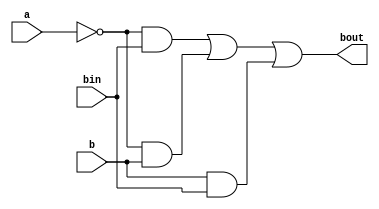
// p = 6

// no error
module bout0 (
    output bout,
    input a,
    input b,bin

);
    assign bout = ~a&bin | ~a&b | b&bin;
endmodule
module rout0 (
    output rout,
    input a,
    input b,
    input bin, qs

);
    wire diff;
    assign diff = a^b^bin;
    assign rout = qs&diff | ~qs&a;
endmodule

// 4-bit error
module bout2 (
    output bout,
    input a,
    input b, bin
);
    assign bout = b;
endmodule
module rout2 (
    output rout,
    input a,
    input b,
    input bin, qs
);
    assign rout = a;
endmodule


module exact (
    input [8:0]x, 
    input bin,
    input [7:0]y,
    output qs,
    output [7:0]rout
);
    wire i1, i2, i3, i4, i5, i6, i7, i8;
    bout0 mut1 (.a(x[0]), .b(y[0]), .bin(bin), .bout(i1));
    bout0 mut2 (.a(x[1]), .b(y[1]), .bin(i1), .bout(i2));
    bout0 mut3 (.a(x[2]), .b(y[2]), .bin(i2), .bout(i3));
    bout0 mut4 (.a(x[3]), .b(y[3]), .bin(i3), .bout(i4));
    bout0 mut5 (.a(x[4]), .b(y[4]), .bin(i4), .bout(i5));
    bout0 mut6 (.a(x[5]), .b(y[5]), .bin(i5), .bout(i6));
    bout0 mut7 (.a(x[6]), .b(y[6]), .bin(i6), .bout(i7));
    bout0 mut8 (.a(x[7]), .b(y[7]), .bin(i7), .bout(i8));
    assign qs = ~i8 | x[8];
    rout0 mut9 (.a(x[0]), .b(y[0]), .bin(bin), .qs(qs), .rout(rout[0]));
    rout0 mut10 (.a(x[1]), .b(y[1]), .bin(i1), .qs(qs), .rout(rout[1]));
    rout0 mut11 (.a(x[2]), .b(y[2]), .bin(i2), .qs(qs), .rout(rout[2]));
    rout0 mut12 (.a(x[3]), .b(y[3]), .bin(i3), .qs(qs), .rout(rout[3]));
    rout0 mut13 (.a(x[4]), .b(y[4]), .bin(i4), .qs(qs), .rout(rout[4]));
    rout0 mut14 (.a(x[5]), .b(y[5]), .bin(i5), .qs(qs), .rout(rout[5]));
    rout0 mut15 (.a(x[6]), .b(y[6]), .bin(i6), .qs(qs), .rout(rout[6]));
    rout0 mut16 (.a(x[7]), .b(y[7]), .bin(i7), .qs(qs), .rout(rout[7]));
endmodule

module app_1 (
    input [8:0]x, 
    input bin,
    input [7:0]y,
    output qs,
    output [7:0]rout
);
    wire i1, i2, i3, i4, i5, i6, i7, i8;
    bout2 mut1 (.a(x[0]), .b(y[0]), .bin(bin), .bout(i1));
    bout0 mut2 (.a(x[1]), .b(y[1]), .bin(i1), .bout(i2));
    bout0 mut3 (.a(x[2]), .b(y[2]), .bin(i2), .bout(i3));
    bout0 mut4 (.a(x[3]), .b(y[3]), .bin(i3), .bout(i4));
    bout0 mut5 (.a(x[4]), .b(y[4]), .bin(i4), .bout(i5));
    bout0 mut6 (.a(x[5]), .b(y[5]), .bin(i5), .bout(i6));
    bout0 mut7 (.a(x[6]), .b(y[6]), .bin(i6), .bout(i7));
    bout0 mut8 (.a(x[7]), .b(y[7]), .bin(i7), .bout(i8));
    assign qs = ~i8 | x[8];
    rout2 mut9 (.a(x[0]), .b(y[0]), .bin(bin), .qs(qs), .rout(rout[0]));
    rout0 mut10 (.a(x[1]), .b(y[1]), .bin(i1), .qs(qs), .rout(rout[1]));
    rout0 mut11 (.a(x[2]), .b(y[2]), .bin(i2), .qs(qs), .rout(rout[2]));
    rout0 mut12 (.a(x[3]), .b(y[3]), .bin(i3), .qs(qs), .rout(rout[3]));
    rout0 mut13 (.a(x[4]), .b(y[4]), .bin(i4), .qs(qs), .rout(rout[4]));
    rout0 mut14 (.a(x[5]), .b(y[5]), .bin(i5), .qs(qs), .rout(rout[5]));
    rout0 mut15 (.a(x[6]), .b(y[6]), .bin(i6), .qs(qs), .rout(rout[6]));
    rout0 mut16 (.a(x[7]), .b(y[7]), .bin(i7), .qs(qs), .rout(rout[7]));
endmodule

module app_2 (
    input [8:0]x, 
    input bin,
    input [7:0]y,
    output qs,
    output [7:0]rout
);
    wire i1, i2, i3, i4, i5, i6, i7, i8;
    bout2 mut1 (.a(x[0]), .b(y[0]), .bin(bin), .bout(i1));
    bout2 mut2 (.a(x[1]), .b(y[1]), .bin(i1), .bout(i2));
    bout0 mut3 (.a(x[2]), .b(y[2]), .bin(i2), .bout(i3));
    bout0 mut4 (.a(x[3]), .b(y[3]), .bin(i3), .bout(i4));
    bout0 mut5 (.a(x[4]), .b(y[4]), .bin(i4), .bout(i5));
    bout0 mut6 (.a(x[5]), .b(y[5]), .bin(i5), .bout(i6));
    bout0 mut7 (.a(x[6]), .b(y[6]), .bin(i6), .bout(i7));
    bout0 mut8 (.a(x[7]), .b(y[7]), .bin(i7), .bout(i8));
    assign qs = ~i8 | x[8];
    rout2 mut9 (.a(x[0]), .b(y[0]), .bin(bin), .qs(qs), .rout(rout[0]));
    rout2 mut10 (.a(x[1]), .b(y[1]), .bin(i1), .qs(qs), .rout(rout[1]));
    rout0 mut11 (.a(x[2]), .b(y[2]), .bin(i2), .qs(qs), .rout(rout[2]));
    rout0 mut12 (.a(x[3]), .b(y[3]), .bin(i3), .qs(qs), .rout(rout[3]));
    rout0 mut13 (.a(x[4]), .b(y[4]), .bin(i4), .qs(qs), .rout(rout[4]));
    rout0 mut14 (.a(x[5]), .b(y[5]), .bin(i5), .qs(qs), .rout(rout[5]));
    rout0 mut15 (.a(x[6]), .b(y[6]), .bin(i6), .qs(qs), .rout(rout[6]));
    rout0 mut16 (.a(x[7]), .b(y[7]), .bin(i7), .qs(qs), .rout(rout[7]));
endmodule

module app_3 (
    input [8:0]x, 
    input bin,
    input [7:0]y,
    output qs,
    output [7:0]rout
);
    wire i1, i2, i3, i4, i5, i6, i7, i8;
    bout2 mut1 (.a(x[0]), .b(y[0]), .bin(bin), .bout(i1));
    bout2 mut2 (.a(x[1]), .b(y[1]), .bin(i1), .bout(i2));
    bout2 mut3 (.a(x[2]), .b(y[2]), .bin(i2), .bout(i3));
    bout0 mut4 (.a(x[3]), .b(y[3]), .bin(i3), .bout(i4));
    bout0 mut5 (.a(x[4]), .b(y[4]), .bin(i4), .bout(i5));
    bout0 mut6 (.a(x[5]), .b(y[5]), .bin(i5), .bout(i6));
    bout0 mut7 (.a(x[6]), .b(y[6]), .bin(i6), .bout(i7));
    bout0 mut8 (.a(x[7]), .b(y[7]), .bin(i7), .bout(i8));
    assign qs = ~i8 | x[8];
    rout2 mut9 (.a(x[0]), .b(y[0]), .bin(bin), .qs(qs), .rout(rout[0]));
    rout2 mut10 (.a(x[1]), .b(y[1]), .bin(i1), .qs(qs), .rout(rout[1]));
    rout2 mut11 (.a(x[2]), .b(y[2]), .bin(i2), .qs(qs), .rout(rout[2]));
    rout0 mut12 (.a(x[3]), .b(y[3]), .bin(i3), .qs(qs), .rout(rout[3]));
    rout0 mut13 (.a(x[4]), .b(y[4]), .bin(i4), .qs(qs), .rout(rout[4]));
    rout0 mut14 (.a(x[5]), .b(y[5]), .bin(i5), .qs(qs), .rout(rout[5]));
    rout0 mut15 (.a(x[6]), .b(y[6]), .bin(i6), .qs(qs), .rout(rout[6]));
    rout0 mut16 (.a(x[7]), .b(y[7]), .bin(i7), .qs(qs), .rout(rout[7]));
endmodule

module app_4 (
    input [8:0]x, 
    input bin,
    input [7:0]y,
    output qs,
    output [7:0]rout
);
    wire i1, i2, i3, i4, i5, i6, i7, i8;
    bout2 mut1 (.a(x[0]), .b(y[0]), .bin(bin), .bout(i1));
    bout2 mut2 (.a(x[1]), .b(y[1]), .bin(i1), .bout(i2));
    bout2 mut3 (.a(x[2]), .b(y[2]), .bin(i2), .bout(i3));
    bout2 mut4 (.a(x[3]), .b(y[3]), .bin(i3), .bout(i4));
    bout0 mut5 (.a(x[4]), .b(y[4]), .bin(i4), .bout(i5));
    bout0 mut6 (.a(x[5]), .b(y[5]), .bin(i5), .bout(i6));
    bout0 mut7 (.a(x[6]), .b(y[6]), .bin(i6), .bout(i7));
    bout0 mut8 (.a(x[7]), .b(y[7]), .bin(i7), .bout(i8));
    assign qs = ~i8 | x[8];
    rout2 mut9 (.a(x[0]), .b(y[0]), .bin(bin), .qs(qs), .rout(rout[0]));
    rout2 mut10 (.a(x[1]), .b(y[1]), .bin(i1), .qs(qs), .rout(rout[1]));
    rout2 mut11 (.a(x[2]), .b(y[2]), .bin(i2), .qs(qs), .rout(rout[2]));
    rout2 mut12 (.a(x[3]), .b(y[3]), .bin(i3), .qs(qs), .rout(rout[3]));
    rout0 mut13 (.a(x[4]), .b(y[4]), .bin(i4), .qs(qs), .rout(rout[4]));
    rout0 mut14 (.a(x[5]), .b(y[5]), .bin(i5), .qs(qs), .rout(rout[5]));
    rout0 mut15 (.a(x[6]), .b(y[6]), .bin(i6), .qs(qs), .rout(rout[6]));
    rout0 mut16 (.a(x[7]), .b(y[7]), .bin(i7), .qs(qs), .rout(rout[7]));
endmodule

module array(
    input [15:0]x,
    input [7:0]y,
    input bin,
    output [7:0]q,
    output [7:0]r
);
    wire [8:0] rout1;
    exact uut1 (.x(x[15:7]), .y(y), .qs(q[7]), .rout(rout1[8:1]), .bin(bin));
    wire [8:0] rout2;
    assign rout1[0] = x[6];
    exact uut2 (.x(rout1), .y(y), .qs(q[6]), .rout(rout2[8:1]), .bin(bin));
    wire [8:0] rout3;
    assign rout2[0] = x[5];
    exact uut3 (.x(rout2), .y(y), .qs(q[5]), .rout(rout3[8:1]), .bin(bin));
    wire [8:0] rout4;
    assign rout3[0] = x[4];
    exact uut4 (.x(rout3), .y(y), .qs(q[4]), .rout(rout4[8:1]), .bin(bin));
    wire [8:0] rout5;
    assign rout4[0] = x[3];
    app_1 uut5 (.x(rout4), .y(y), .qs(q[3]), .rout(rout5[8:1]), .bin(bin));
    wire [8:0] rout6;
    assign rout5[0] = x[2];
    app_2 uut6 (.x(rout5), .y(y), .qs(q[2]), .rout(rout6[8:1]), .bin(bin));
    wire [8:0] rout7;
    assign rout6[0] = x[1];
    app_3 uut7 (.x(rout6), .y(y), .qs(q[1]), .rout(rout7[8:1]), .bin(bin));
    assign rout7[0] = x[0];
    app_4 uut8 (.x(rout7), .y(y), .qs(q[0]), .rout(r), .bin(bin));
endmodule